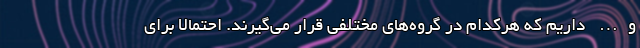
و… داریم که هرکدام در گروه‌های مختلفی قرار می‌گیرند. احتمالا برای